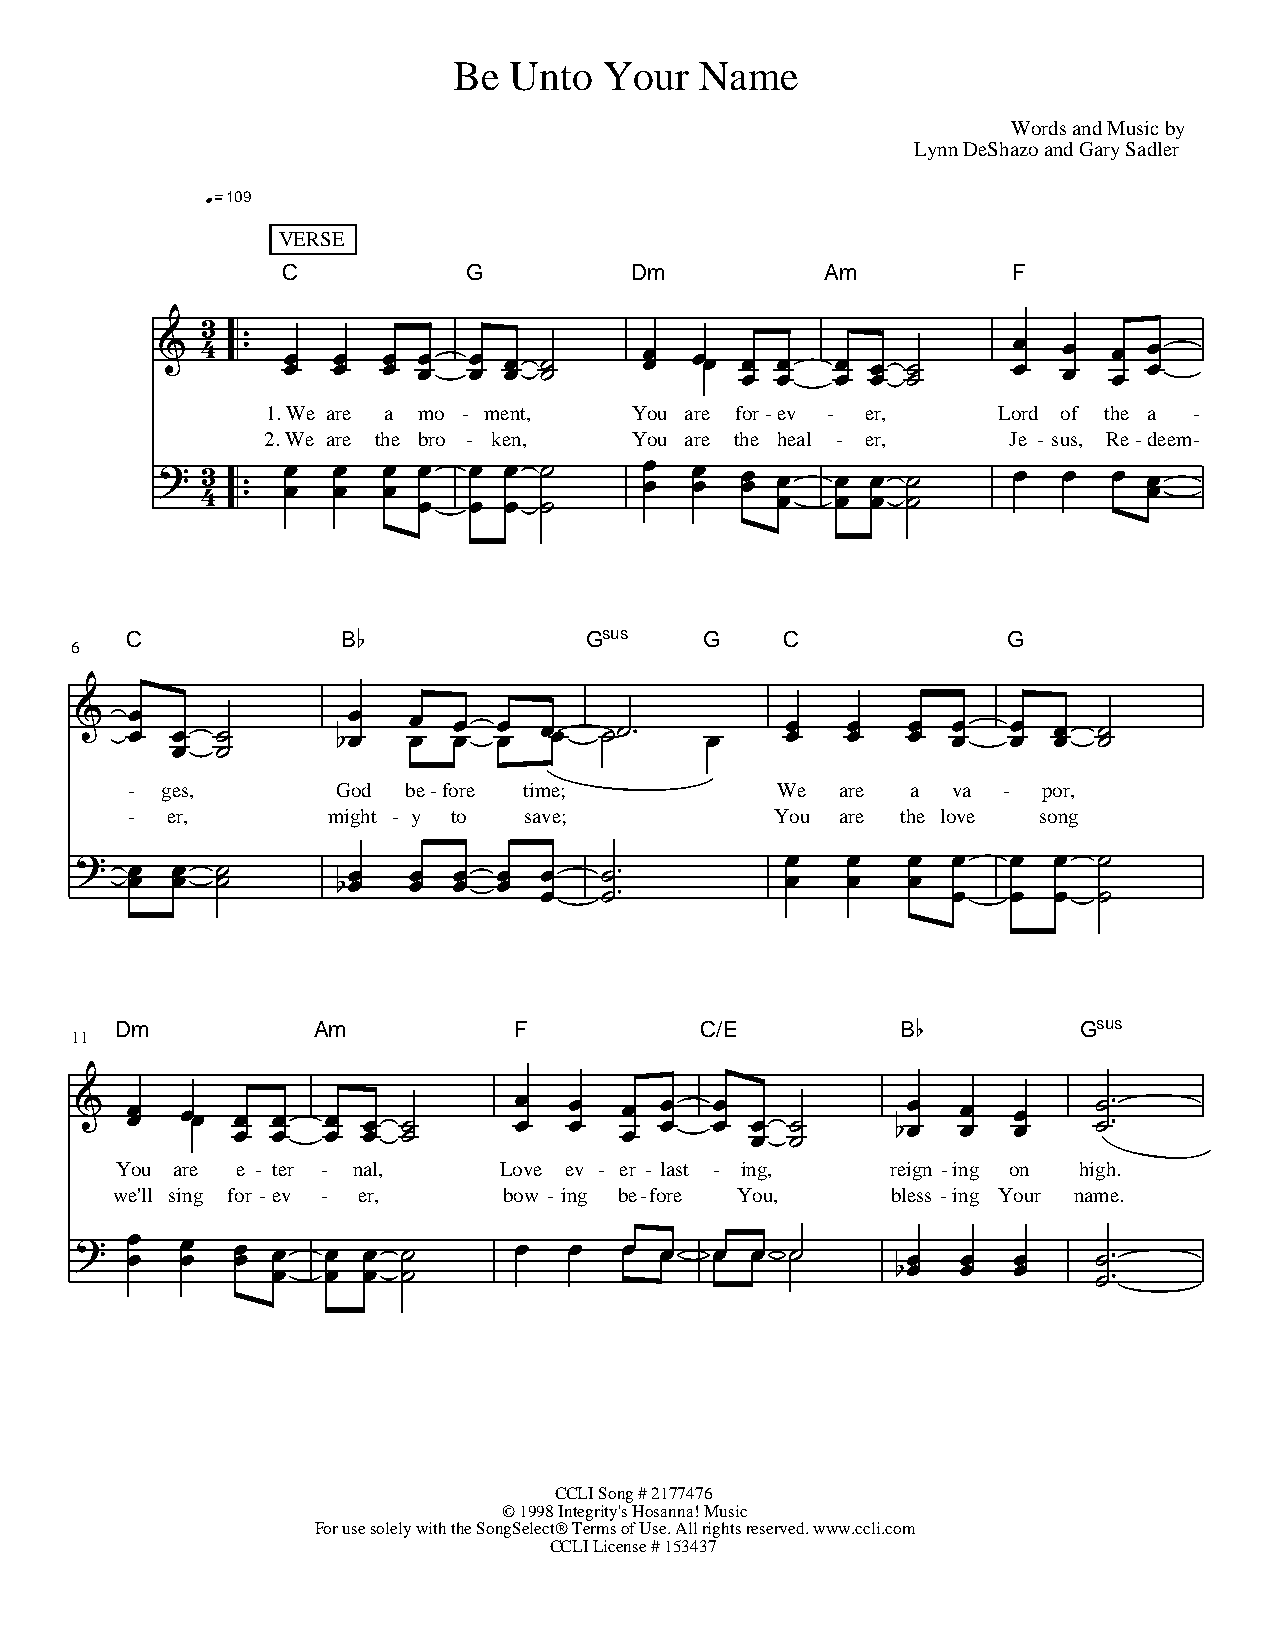
Be  Unto  Your  Name
 Words and Music by
 Lynn DeShazo and Gary Sadler
 109
 VERSE
 C           G          Dm           Am          F
 1. We are a mo - ment,  You are for-ev - er,    Lord of the a -
 2. We are the bro - ken, You are the heal - er,  Je - sus, Re-deem-
 C              B               Gsus    G    C              G
 6
 - ges,       God  be-fore time;           We   are a  va -  por,
 - er,        might - y to save;           You  are the love song
 Dm           Am           F           C/E           B           Gsus
 11
 You are e - ter - nal,   Love ev - er - last - ing, reign -ing on high.
 we'll sing for - ev - er, bow - ing be-fore You,    bless -ing Your name.
 CCLI Song # 2177476
 © 1998 Integrity's Hosanna! Music
 For use solely with the SongSelect® Terms of Use. All rights reserved. www.ccli.com
 CCLI License # 153437